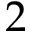
2